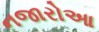
નજારોઆ